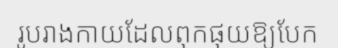
រូបរាងកាយដែលពុកផុយឱ្យបែក